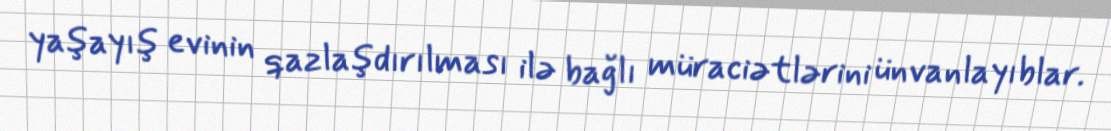
yaşayış evinin qazlaşdırılması ilə bağlı müraciətlərini ünvanlayıblar.